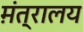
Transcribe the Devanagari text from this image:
म़ंत्रालय